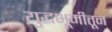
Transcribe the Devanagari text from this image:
युद्धभूमीतून